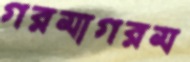
গরমাগরম